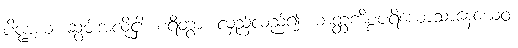
ပိဏ္ဍယ၊ ဆွမ်းအလို့ငှါ။ စရိတွာ၊ လှည့်လည်၍။ ဘတ္တကိစ္စပရိယောသာနေယေဝ၊